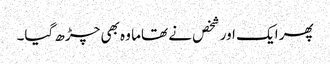
پھر ایک اور شخص نے تھاما وہ بھی چڑھ گیا۔